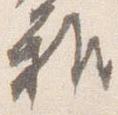
雅